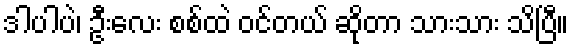
ဒါပါပဲ၊ ဦးလေး စစ်ထဲ ဝင်တယ် ဆိုတာ သားသား သိပြီ။